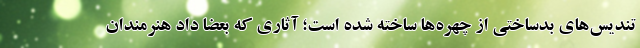
تندیس‌های بدساختی از چهره‌ها ساخته شده است؛ آثاری که بعضا داد هنرمندان